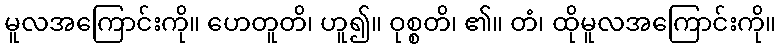
မူလအကြောင်းကို။ ဟေတူတိ၊ ဟူ၍။ ဝုစ္စတိ၊ ၏။ တံ၊ ထိုမူလအကြောင်းကို။